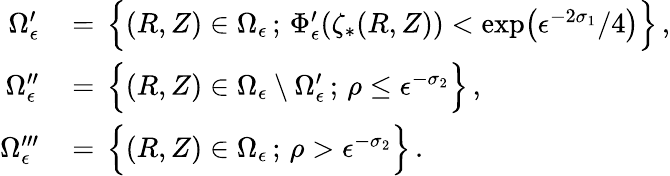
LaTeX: \begin{array}{rl}{\Omega_{\epsilon}^{\prime}\, }&{=\, \Bigl\{ (R,Z)\in\Omega_{\epsilon}\, ;\, \Phi_{\epsilon}^{\prime}(\zeta_{*}(R,Z))<\exp\bigl(\epsilon^{-2\sigma_{1}}/4\bigr)\Bigr\} \, ,}\\ {\Omega_{\epsilon}^{\prime\prime}\, }&{=\, \Bigl\{ (R,Z)\in\Omega_{\epsilon}\setminus\Omega_{\epsilon}^{\prime}\, ;\, \rho\le\epsilon^{-\sigma_{2}}\Bigr\} \, ,}\\ {\Omega_{\epsilon}^{\prime\prime\prime}\, }&{=\, \Bigl\{ (R,Z)\in\Omega_{\epsilon}\, ;\, \rho>\epsilon^{-\sigma_{2}}\Bigr\} \, .}\end{array}